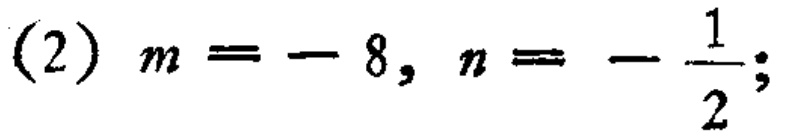
(2) \(m = - 8, n = - \frac{1}{2};\)